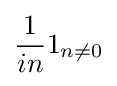
{\frac {1}{in}}1_{n\neq 0}